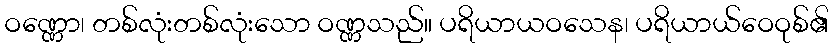
ဝဏ္ဏော၊ တစ်လုံးတစ်လုံးသော ဝဏ္ဏသည်။ ပရိယာယဝသေန၊ ပရိယာယ်ဝေဝုစ်၏